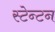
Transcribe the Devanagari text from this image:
स्टेन्टन